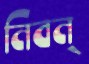
নিবন্